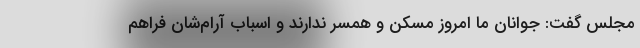
مجلس گفت: جوانان ما امروز مسکن و همسر ندارند و اسباب آرام‌شان فراهم